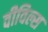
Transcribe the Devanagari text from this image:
वीविल्स